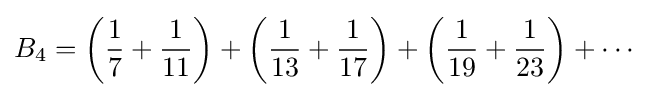
B_{4}=\left({\frac {1}{7}}+{\frac {1}{11}}\right)+\left({\frac {1}{13}}+{\frac {1}{17}}\right)+\left({\frac {1}{19}}+{\frac {1}{23}}\right)+\cdots